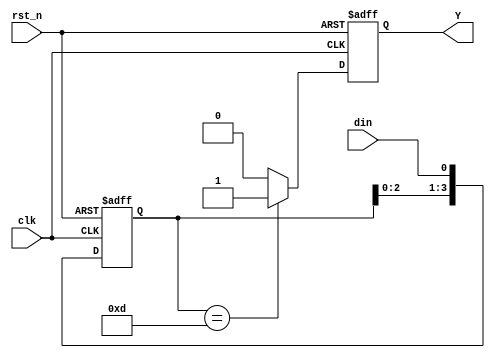
`timescale 1ns/1ns

module det_moore(
   input                clk   ,
   input                rst_n ,
   input                din   ,
 
   output	reg         Y   
);
reg [3:0] buffer;
always @(posedge clk or negedge rst_n)
begin
if(!rst_n)
buffer<=0;
else
buffer<={buffer[2:0],din};
end

always @(posedge clk or negedge rst_n)
begin
if(!rst_n)
Y<=0;
else if(buffer==4'b1101)
Y<=1;
else
Y<=0;
end
endmodule